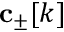
\mathbf { c } _ { \pm } [ k ]